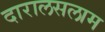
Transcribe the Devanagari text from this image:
दारालसलाम